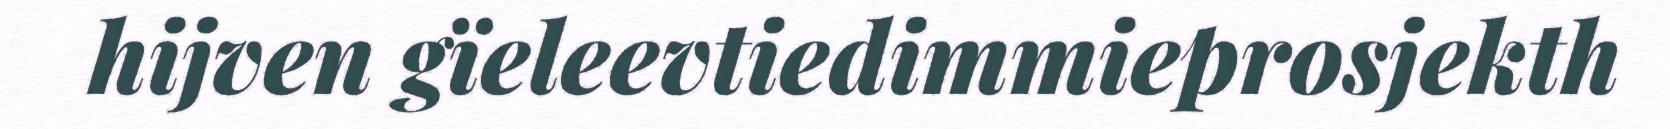
hijven gïeleevtiedimmieprosjekth